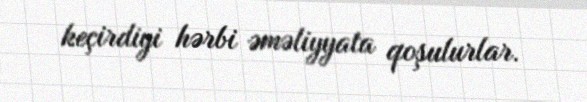
keçirdiyi hərbi əməliyyata qoşulurlar.